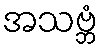
အသဗ္ဘံ